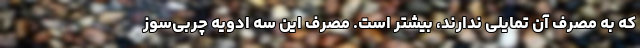
که به مصرف آن تمایلی ندارند، بیشتر است. مصرف این سه ادویه چربی‌سوز